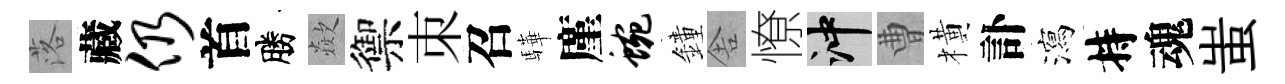
落藏仍首勝歘禦朿召驊廑蜿鐘舎憭冲曹橫訃瀉持魂蚩